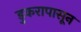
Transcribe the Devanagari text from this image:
डुकरापासून